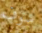
سوف